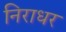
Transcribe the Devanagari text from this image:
निराधर